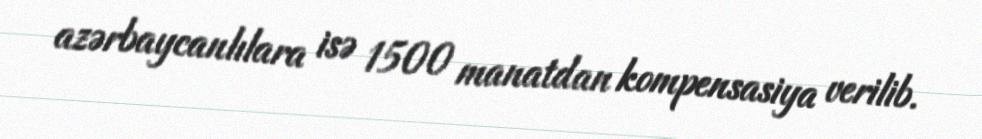
azərbaycanlılara isə 1500 manatdan kompensasiya verilib.